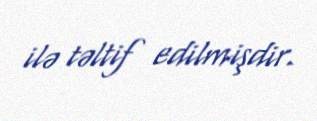
ilə təltif edilmişdir.